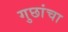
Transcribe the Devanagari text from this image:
गुछांचा